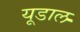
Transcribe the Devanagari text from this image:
यूडाल